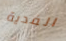
الفدية